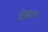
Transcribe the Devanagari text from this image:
देख़ने